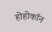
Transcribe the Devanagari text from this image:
होहोकॉन